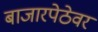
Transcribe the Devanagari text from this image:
बाजारपेठेवर